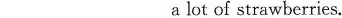
___ ___ a lot of strawberries.